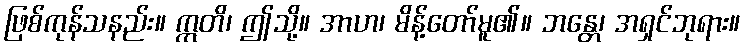
ဖြစ်ကုန်သနည်း။ ဣတိ၊ ဤသို့။ အာဟ၊ မိန့်တော်မူ၏။ ဘန္တေ၊ အရှင်ဘုရား။